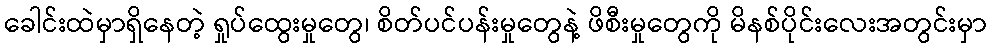
ခေါင်းထဲမှာရှိနေတဲ့ ရှုပ်ထွေးမှုတွေ၊ စိတ်ပင်ပန်းမှုတွေနဲ့ ဖိစီးမှုတွေကို မိနစ်ပိုင်းလေးအတွင်းမှာ